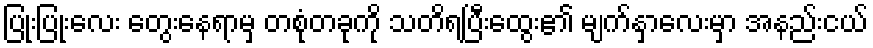
ပြုံးပြုံးလေး တွေးနေရာမှ တစုံတခုကို သတိရပြီးထွေး၏ မျက်နှာလေးမှာ အနည်းငယ်